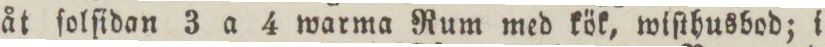
åt folſidan 3 a 4 warma Rum med kök, wiſthusbod; i